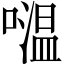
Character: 𡀦